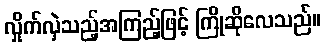
လှိုက်လှဲသည့်အကြည့်ဖြင့် ကြိုဆိုလေသည်။